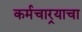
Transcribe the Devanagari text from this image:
कर्मचार्‍याचा